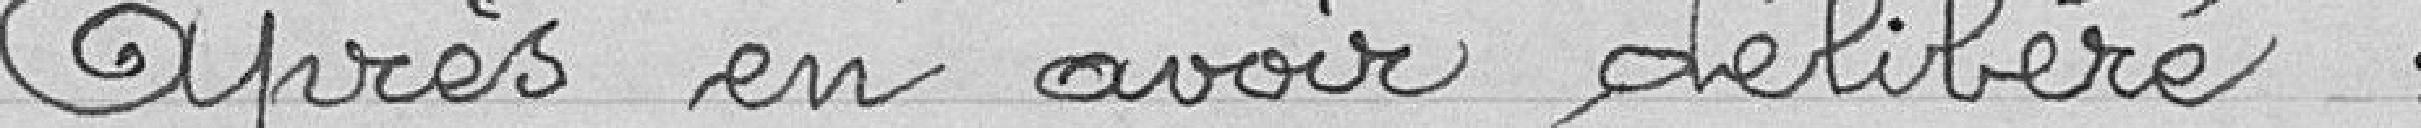
Après en avoir délibéré